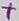
Text: +